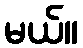
မယ်။